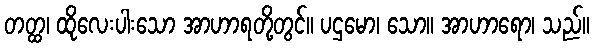
တတ္ထ၊ ထိုလေးပါးသော အာဟာရတို့တွင်။ ပဌမော၊ သော။ အာဟာရော၊ သည်။